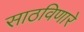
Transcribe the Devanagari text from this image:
साठविणारे